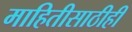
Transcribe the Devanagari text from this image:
माहितीसाठीही